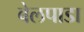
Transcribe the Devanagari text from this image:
बेलपाडा